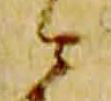
云